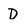
Character: D